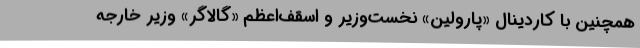
همچنین با کاردینال «پارولین» نخست‌وزیر و اسقف‌اعظم «گالاگر» وزیر خارجه